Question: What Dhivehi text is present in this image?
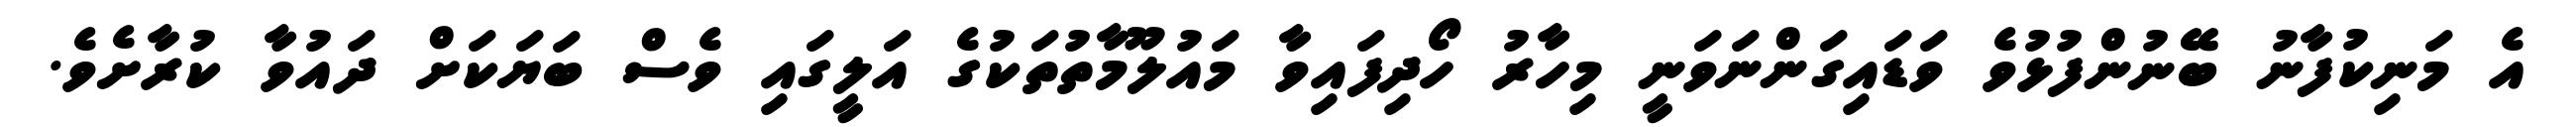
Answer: އެ މަނިކުފާނު ބޭނުންފުޅުވެ ވަޑައިގަންނަވަނީ މިހާރު ހޯދިފައިވާ މައުލޫމާތުތަކުގެ އަލީގައި ވެސް ބަޔަކަށް ދައުވާ ކުރާށެވެ.